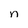
Character: n